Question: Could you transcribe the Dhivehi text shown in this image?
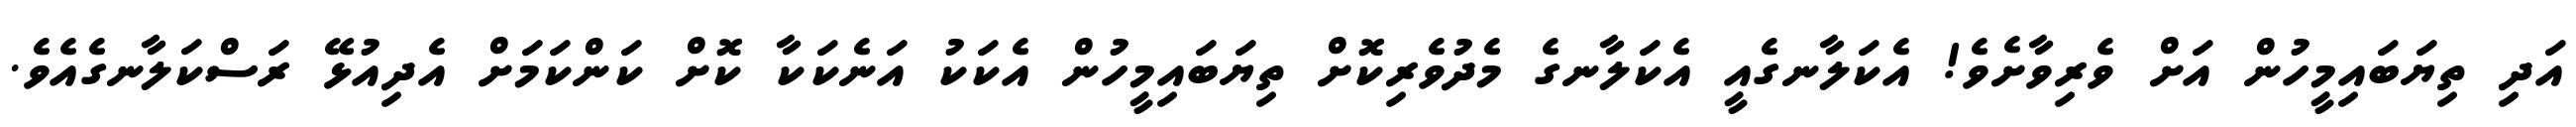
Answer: އަދި ތިޔަބައިމީހުން އަށް ވެރިވާށެވެ! އެކަލާނގެއީ އެކަލާނގެ މެދުވެރިކޮށް ތިޔަބައިމީހުން އެކަކު އަނެކަކާ ކޮށް ކަންކަމަށް އެދިއުޅޭ ރަސްކަލާނގެއެވެ.